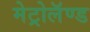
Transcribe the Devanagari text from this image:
मेट्रोलॅण्ड